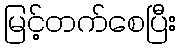
မြင့်တက်စေပြီး